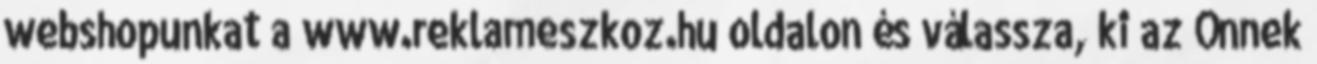
webshopunkat a www.reklameszkoz.hu oldalon és válassza, ki az Önnek